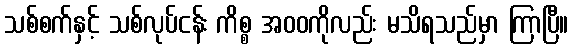
သစ်စက်နှင့် သစ်လုပ်ငန်း ကိစ္စ အဝဝကိုလည်း မသိရသည်မှာ ကြာပြီ။